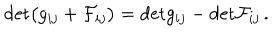
LaTeX: \mathrm { d e t } \bigl ( g _ { i j } + { \cal F } _ { i j } \bigr ) = \mathrm { d e t } g _ { i j } - \mathrm { d e t } { \cal F } _ { i j } \, .